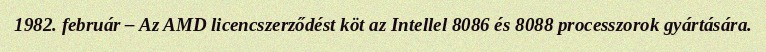
1982. február – Az AMD licencszerződést köt az Intellel 8086 és 8088 processzorok gyártására.